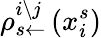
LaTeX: \rho_{s\leftarrow}^{i\setminus j}\left(x_{i}^{s}\right)